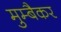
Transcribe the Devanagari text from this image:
मुम्बैकर